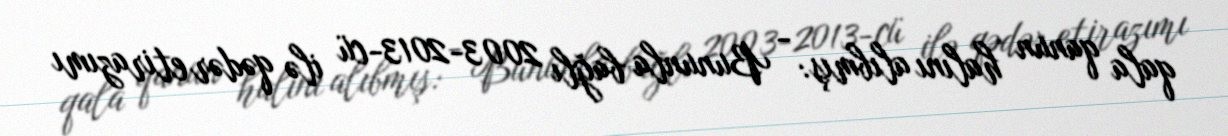
qala qanun halını alıbmış: - Bununla bağlı 2003-2013-cü ilə qədər etirazımı